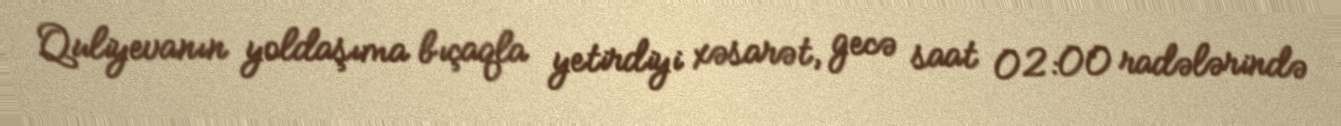
Quliyevanın yoldaşıma bıçaqla yetirdiyi xəsarət, gecə saat 02:00 radələrində